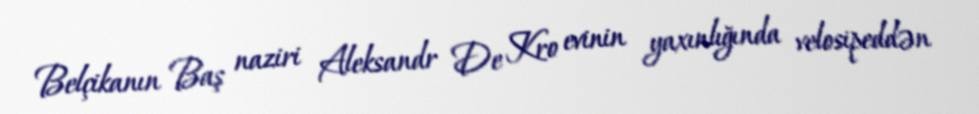
Belçikanın Baş naziri Aleksandr De Kro evinin yaxınlığında velosipeddən